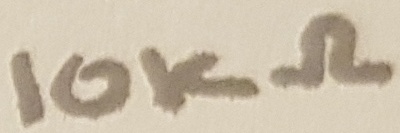
Text: 10KΩ